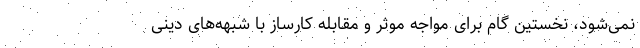
نمی‌شود، نخستین گام برای مواجه موثر و مقابله کارساز با شبهه‌های دینی